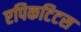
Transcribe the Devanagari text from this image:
एपिकटिटस